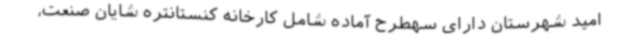
امید شهرستان دارای سهطرح آماده شامل کارخانه کنستانتره شایان صنعت،